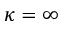
\kappa = \infty